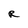
Character: R